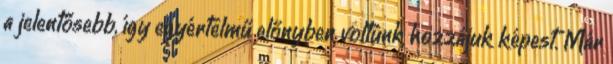
a jelentősebb, így egyértelmű előnyben voltunk hozzájuk képest. Már